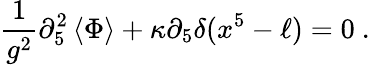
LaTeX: {\frac{1}{g^{2}}}\partial_{5}^{2}\left\langle{\Phi}\right\rangle+\kappa\partial_{5}\delta(x^{5}-\ell)=0\ .